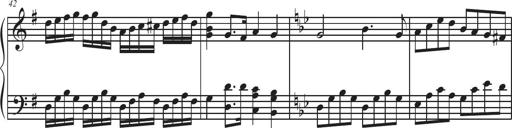
Title: Sonatina Espania
Composer: Jerald Franklin Archer
Key: Various